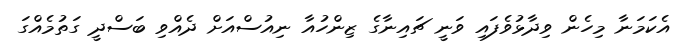
އެކަމަނާ މިހެން ވިދާޅުވެފައި ވަނީ ޗައިނާގެ ޒިންހުއާ ނިއުސްއަށް ދެއްވި ބަސްދީ ގަތުމެއްގަ